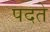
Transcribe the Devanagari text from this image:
पदते